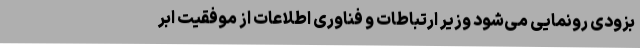
بزودی رونمایی می‌شود وزیر ارتباطات و فناوری اطلاعات از موفقیت ابر